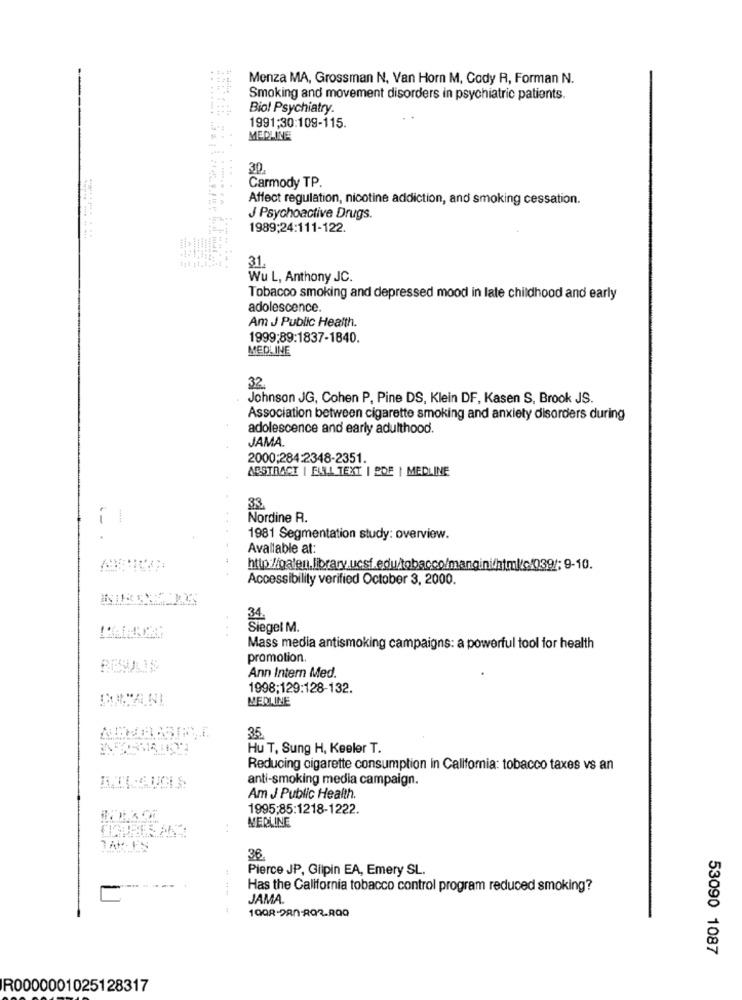
Menza MA, Grossman N. Van Horn M, Cody R, Forman N.
Smoking and movement disorders in psychiatric patients.
.. ......
Biol Psychiatry.
1991:30:109-115.
MEDLINE
30.
Carmody TP.
Affect regulation, nicotine addiction, and smoking cessation.
J Psychoactive Drugs.
1989:24:111-122.
31.
Wu L, Anthony JC.
Tobacco smoking and depressed mood in late childhood and early
adolescence.
Am J Public Health.
1999;89:1837-1840.
MEDLINE
32
Johnson JG, Cohen P, Pine DS, Klein DF, Kasen S, Brook JS.
Association between cigarette smoking and anxiety disorders during
adolescence and early adulthood.
JAMA
2000;284:2348-2351.
ABSTRACT | FULL TEXT | PDF | MEDLINE
33.
i
Nordine R.
1981 Segmentation study: overview.
Available at:
Accessibility verified October 3, 2000.
34
Siegel M.
Mass media antismoking campaigns: a powerful tool for health
promotion.
Ann Intern Med.
1998;129:128-132.
MEDLINE
35
Hu T, Sung H, Keeler T.
Reducing cigarette consumption in California: tobacco taxes vs an
anti-smoking media campaign.
Am J Public Health.
1995:85:1218-1222.
MEDLINE
:
36.
Pierce JP, Gilpin EA, Emery SL
Has the California tobacco control program reduced smoking?
JAMA.
53090 1087
R0000001025128317